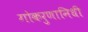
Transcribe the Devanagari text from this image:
गोकरुणानिधी